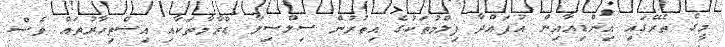
މީގެ ތެރޭގައި އިންޑިއާއިން އުފައްދާ ފިލްމުތަކުގެ އިތުރުން ސިލްސިލާ ޑްރާމާތަކާއި އިސްތިހާރުތައް ވެސް